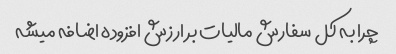
چرا به کل سفارش مالیات بر ارزش افزوده اضافه میشه